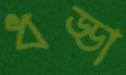
ধড্ডা